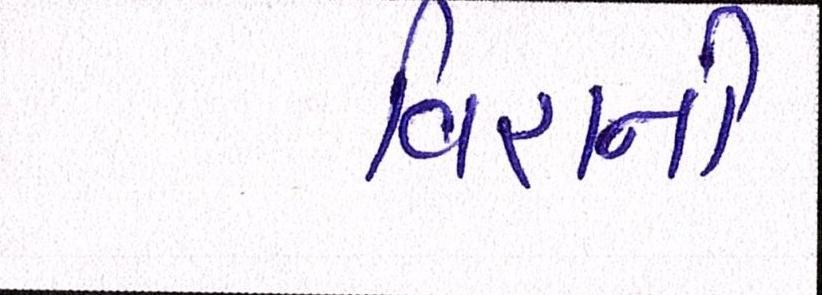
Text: વિરાની